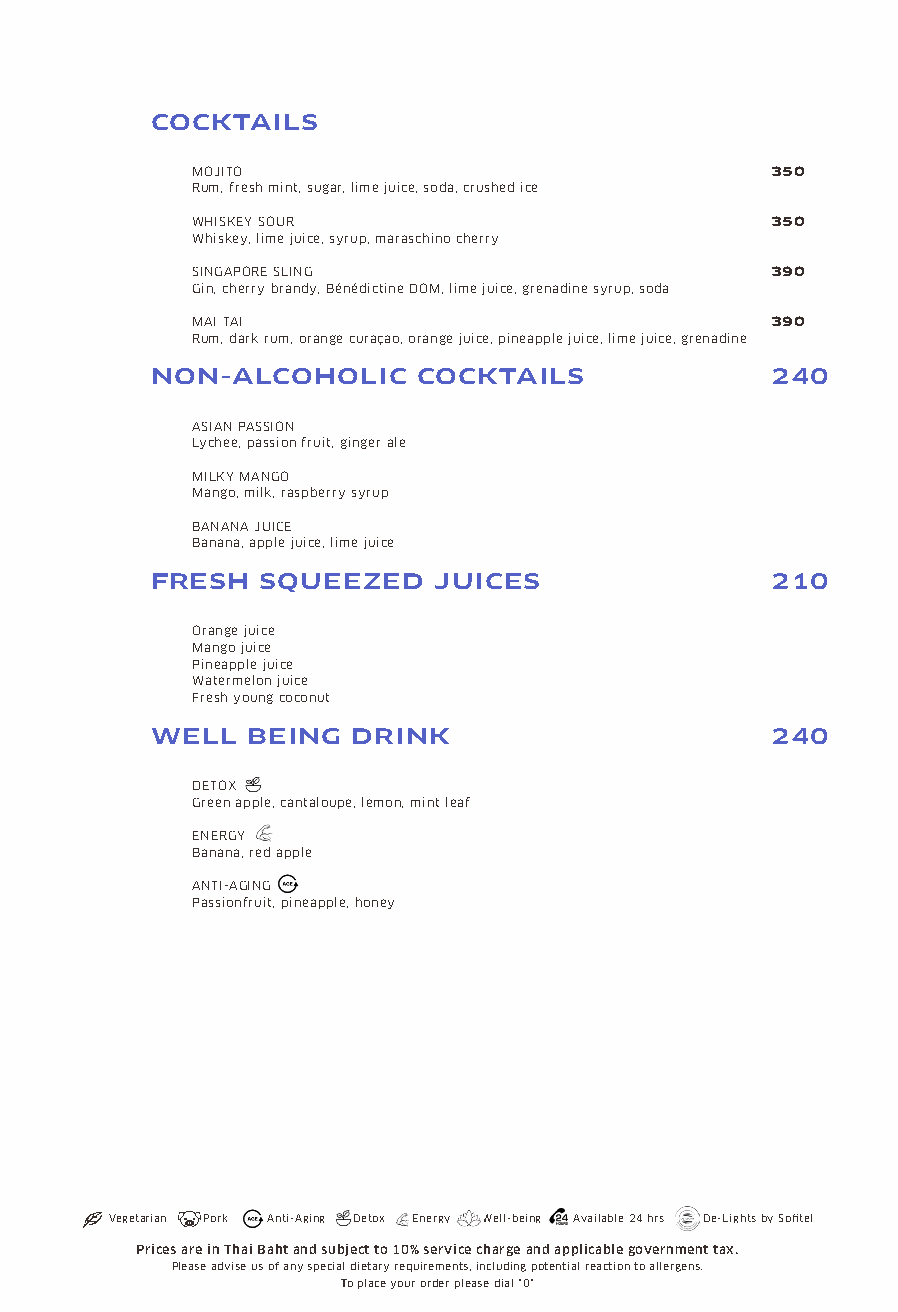
COCKTAILS
 MOJITO                                350
 Rum, fresh mint, sugar, lime juice, soda, crushed ice
 WHISKEY SOUR                          350
 Whiskey, lime juice, syrup, maraschino cherry
 SINGAPORE SLING                       390
 Gin, cherry brandy, Bénédictine DOM, lime juice, grenadine syrup, soda
 MAI TAI                               390
 Rum, dark rum, orange curaçao, orange juice, pineapple juice, lime juice, grenadine
 NON-ALCOHOLIC     COCKTAILS              240
 ASIAN PASSION
 Lychee, passion fruit, ginger ale
 MILKY MANGO
 Mango, milk, raspberry syrup
 BANANA JUICE
 Banana, apple juice, lime juice
 FRESH  SQUEEZED    JUICES                210
 Orange juice
 Mango juice
 Pineapple juice
 Watermelon juice
 Fresh young coconut
 WELL  BEING  DRINK                       240
 DETOX
 Green apple, cantaloupe, lemon, mint leaf
 ENERGY
 Banana, red apple
 ANTI-AGING
 Passionfruit, pineapple, honey
 Vegetarian Pork Anti-Aging Detox Energy Well-being Available 24 hrs De-Lights by Sofitel
 Prices are in Thai Baht and subject to 10% service charge and applicable government tax.
 Please advise us of any special dietary requirements, including potential reaction to allergens.
 To place your order please dial "0"